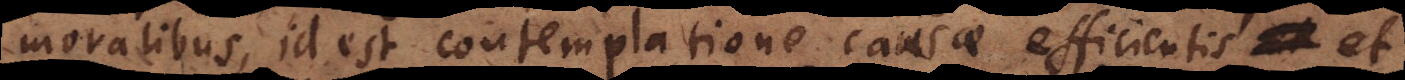
moralibus, id est contemplatione causae efficientis et